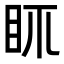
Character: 𥄙